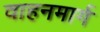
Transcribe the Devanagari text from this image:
वाहनमार्ग